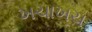
ખચાખચ